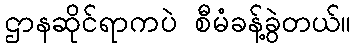
ဌာနဆိုင်ရာကပဲ စီမံခန့်ခွဲတယ်။